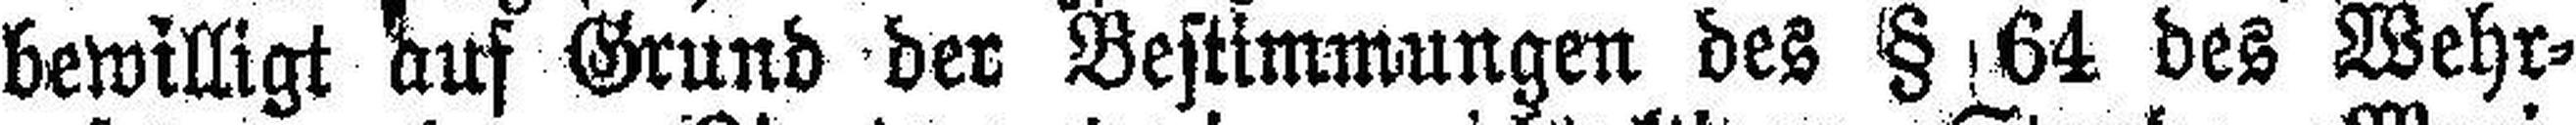
bewilligt auf Grund der Bestimmungen des § 64 des Wehr¬